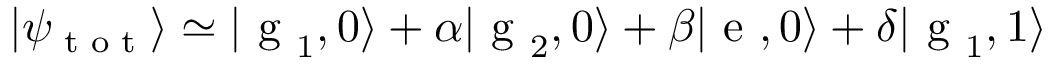
| \psi _ { \textrm { t o t } } \rangle \simeq | \textrm { g } _ { 1 } , 0 \rangle + \alpha | \textrm { g } _ { 2 } , 0 \rangle + \beta | \textrm { e } , 0 \rangle + \delta | \textrm { g } _ { 1 } , 1 \rangle